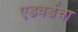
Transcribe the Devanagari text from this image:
एडवर्डचा